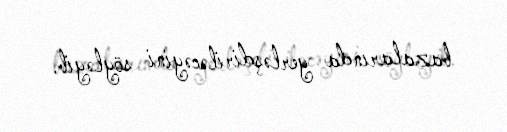
bazalarında yerləşdiriləcəyini söyləyib.